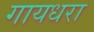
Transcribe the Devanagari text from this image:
गायधरा